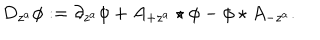
D _ { z ^ { a } } \phi : = \partial _ { z ^ { a } } \phi + A _ { + z ^ { a } } \star \phi - \phi \star A _ { - z ^ { a } } .